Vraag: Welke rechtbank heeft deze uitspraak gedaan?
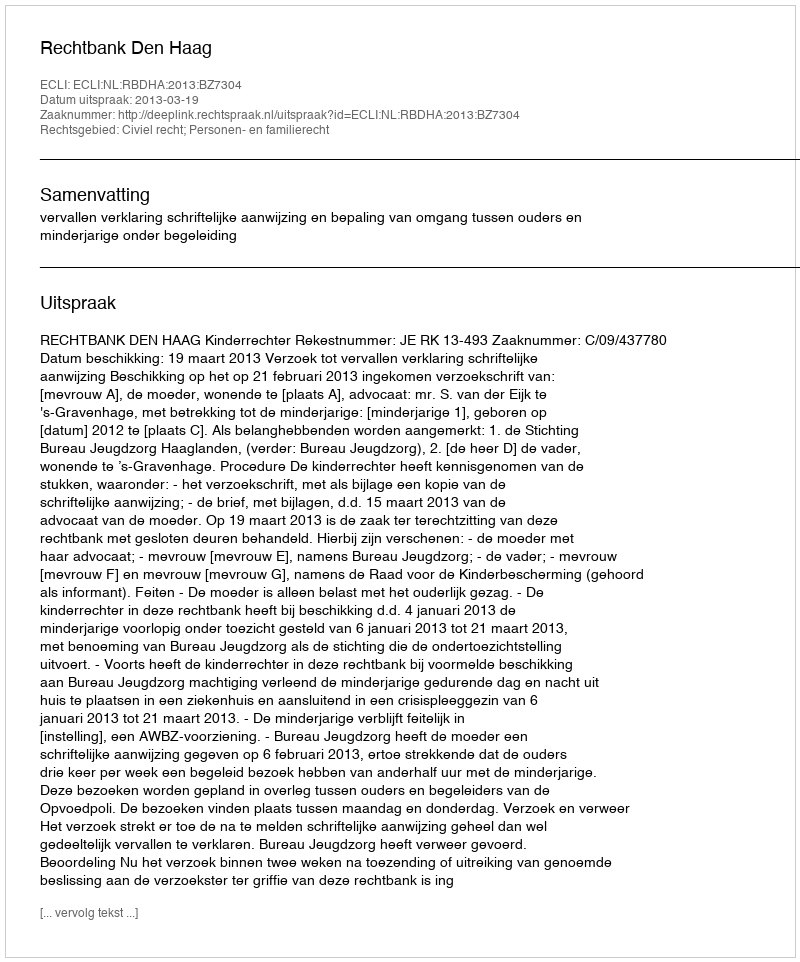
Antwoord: Rechtbank Den Haag